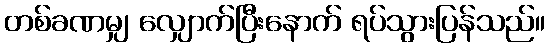
တစ်ခဏမျှ လျှောက်ပြီးနောက် ရပ်သွားပြန်သည်။